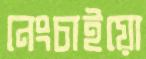
নেংচাইয়ো